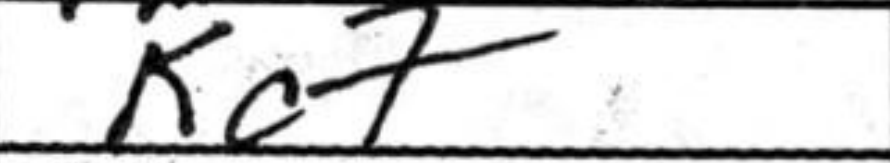
Transcription: Kc7